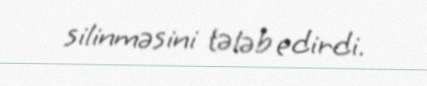
silinməsini tələb edirdi.